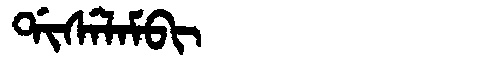
Manchu: ᡩᡳᠰᡝᠯᠠᠮᠪᡳ
Romanization: DISELAMBI